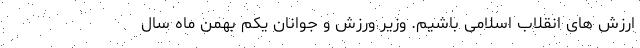
ارزش های انقلاب اسلامی باشیم. وزیر ورزش و جوانان یکم بهمن ماه سال